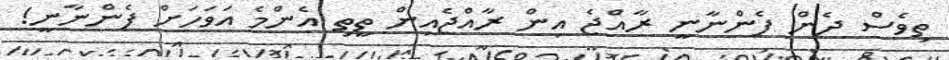
ތިވެސް ދެން ފެންނާނީ ރާއްޖެ އިން ރާއްޖެއިން ތީީތި އެންމެ އަވަހަށް ފެންނާނީ!